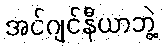
အင်ဂျင်နီယာဘွဲ့